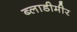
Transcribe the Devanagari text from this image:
ब्लाडीमीर